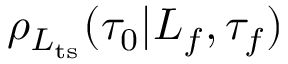
\rho _ { L _ { \mathrm { t s } } } ( \tau _ { 0 } | L _ { f } , \tau _ { f } )